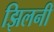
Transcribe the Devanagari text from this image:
झिलनी